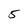
Character: 5